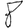
Digit: 8